Report of the Indian Hemp Drugs Commission, 1894-1895 - Volume V
Year: 1894
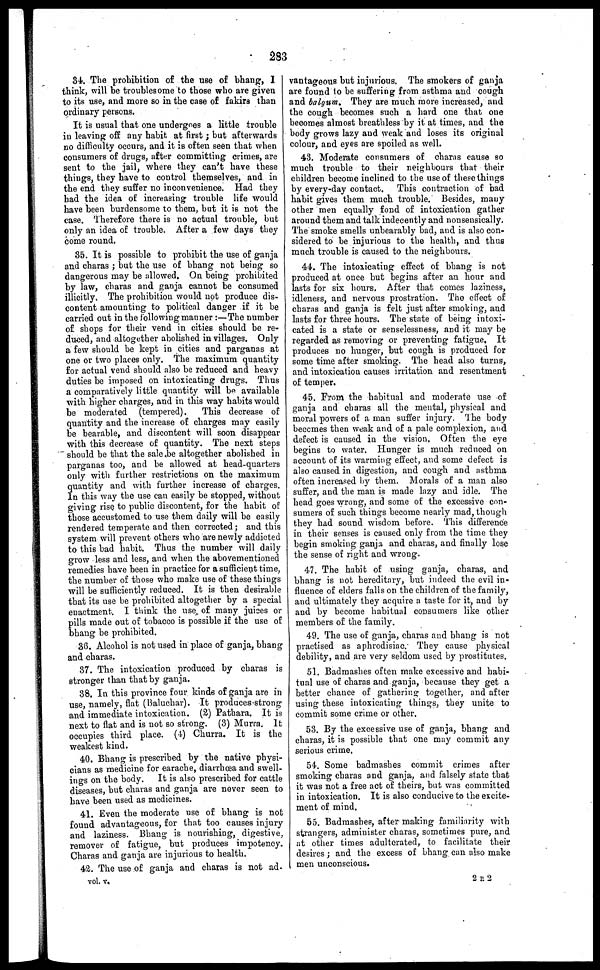
283
34. The prohibition of the use of bhang, I
think, will be troublesome to those who are given
to its use, and more so in the case of fakirs than
ordinary persons.
It is usual that one undergoes a little trouble
in leaving off any habit at first ; but afterwards
no difficulty occurs, and it is often seen that when
consumers of drugs, after committing crimes, are
sent to the jail, where they can't have these
things, they have to control themselves, and in
the end they suffer no inconvenience, Had they
had the idea of increasing trouble life would
have been burdensome to them, but it is not the
case. Therefore there is no actual trouble, but
only an idea of trouble. After a few days they
come round,
35. It is possible to prohibit the use of ganja
and charas ; but the use of bhang not being so
dangerous may be allowed. On being prohibited
by law, charas and ganja cannot be consumed
illicitly. The prohibition would not produce dis-
content amounting to political danger if it be
carried out in the following manner :—The number
of shops for their vend in cities should be re-
duced, and altogether abolished in villages. Only
a few should be kept in cities and parganas at
one or two places only. The maximum quantity
for actual vend should also be reduced and heavy
duties be imposed on intoxicating drugs. Thus
a comparatively little quantity will be available
with higher charges, and in this way habits would
be moderated (tempered).
This decrease of
quantity and the increase of charges may easily
be bearable, and discontent will soon disappear
with this decrease of quantity. The next steps
should be that the sale be altogether abolished in
parganas too, and be allowed at head-quarters
only with further restrictions on the maximum
quantity and with further increase of charges.
In this way the use can easily be stopped, without
giving rise to public discontent, for the habit of
those accustomed to use them daily will be easily
rendered temperate and then corrected ; and this
system will prevent others who are newly addicted
to this bad habit. Thus the number will daily
grow less and less, and when the abovementioned
remedies have been in practice for a sufficient time,
the number of those who make use of these things
will be sufficiently reduced. It is then desirable
that its use be prohibited altogether by a special
enactment. I think the use of many juices or
pills made out of tobacco is possible if the use of
bhang be prohibited.
36. Alcohol is not used in place of ganja, bhang
and charas.
37. The intoxication produced by charas is
stronger than that by ganja.
38. In this province four kinds of ganja are in
use, namely, flat (Baluchar). It produces-strong
and immediate intoxication. (2) Pathara. It is
next to flat and is not so strong. (3) Murra. It
occupies third place. (4) Churra. It is the
weakest kind.
40. Bhang is prescribed by the native physi-
cians as medicine for earache, diarrhœa and swell-
ings on the body. It is also prescribed for cattle
diseases, but charas and ganja are never seen to
have been used as medicines.
41. Even the moderate use of bhang is not
found advantageous, for that too causes injury
and laziness. Bhang is nourishing, digestive,
remover of fatigue, but produces impotency.
Charas and ganja are injurious to health.
42. The use of ganja and charas is not ad-
vantageous but injurious. The smokers of ganja
are found to be suffering from asthma and cough
and balgum. They are much more increased, and
the cough becomes such a hard one that one
becomes almost breathless by it at times, and the
body grows lazy and weak and loses its original
colour, and eyes are spoiled as well.
43. Moderate consumers of charas cause so
much trouble to their neighbours that their
children become inclined to the use of these things
by every-day contact. This contraction of bad
habit gives them much trouble. Besides, many
other men equally fond of intoxication gather
around them and talk indecently and nonsensically.
The smoke smells unbearably bad, and is also con-
sidered to be injurious to the health, and thus
much trouble is caused to the neighbours.
44. The intoxicating effect of bhang is not
produced at once but begins after an hour and
lasts for six hours. After that comes laziness,
idleness, and nervous prostration. The effect of
charas and ganja is felt just after smoking, and
lasts for three hours. The state of being intoxi-
cated is a state or senselessness, and it may be
regarded as removing or preventing fatigue. It
produces no hunger, but cough is produced for
some time after smoking. The head also turns,
and intoxication causes irritation and resentment
of temper.
45. From the habitual and moderate use of
ganja and charas all the mental, physical and
moral powers of a man suffer injury. The body
becomes then weak and of a pale complexion, and
defect is caused in the vision. Often the eye
begins to water. Hunger is much reduced on
account of its warming effect, and some defect is
also caused in digestion, and cough and asthma
often increased by them. Morals of a man also
suffer, and the man is made lazy and idle. The
head goes wrong, and some of the excessive con-
sumers of such things become nearly mad, though
they had sound wisdom before. This difference
in their senses is caused only from the time they
begin smoking ganja and charas, and finally lose
the sense of right and wrong.
47. The habit of using ganja, charas, and
bhang is not hereditary, but indeed the evil in-
fluence of elders falls on the children of the family,
and ultimately they acquire a taste for it, and by
and by become habitual consumers like other
members of the family.
49. The use of ganja, charas and bhang is not
practised as aphrodisiac. They cause physical
debility, and are very seldom used by prostitutes.
51. Bad mashes often make excessive and habi-
tual use of charas and ganja, because they get a
better chance of gathering together, and after
using these intoxicating things, they unite to
commit some crime or other.
53. By the excessive use of ganja, bhang and
charas, it is possible that one may commit any
serious crime.
54. Some badmashes commit crimes after
smoking charas and ganja, and falsely state that
it was not a free act of theirs, but was committed
in intoxication. It is also conducive to the excite-
ment of mind.
55. Badmashes, after making familiarity with
strangers, administer charas, sometimes pure, and
at other times adulterated, to facilitate their
desires ; and the excess of bhang can also make
men unconscious.
vol. v.
2E2